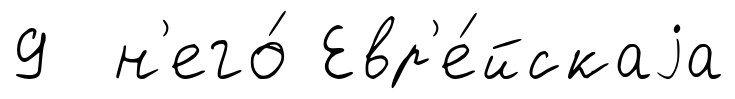
9 н'его́ Евр'е́йскаjа